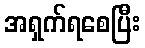
အရှက်ရစေပြီး